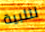
لتلبية